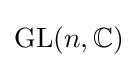
\operatorname {GL} (n,\mathbb {C} )